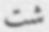
شت